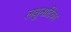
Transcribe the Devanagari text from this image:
लघुनाटिका